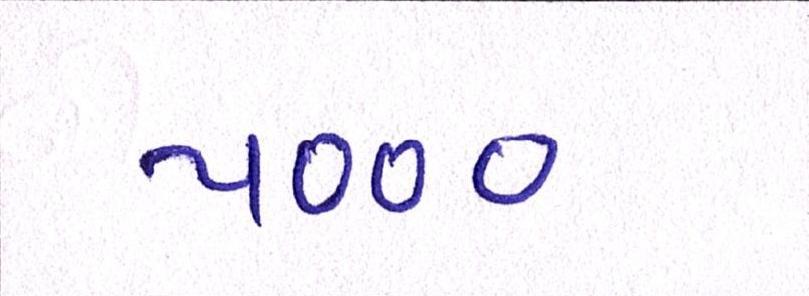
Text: ૫૦૦૦